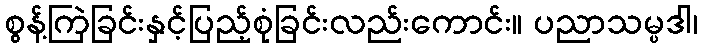
စွန့်ကြဲခြင်းနှင့်ပြည့်စုံခြင်းလည်းကောင်း။ ပညာသမ္ပဒါ၊